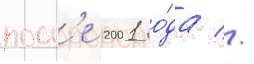
посл'е 2001 го́да //